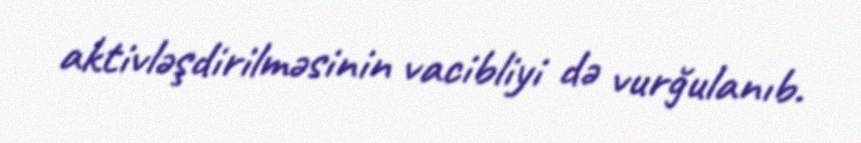
aktivləşdirilməsinin vacibliyi də vurğulanıb.